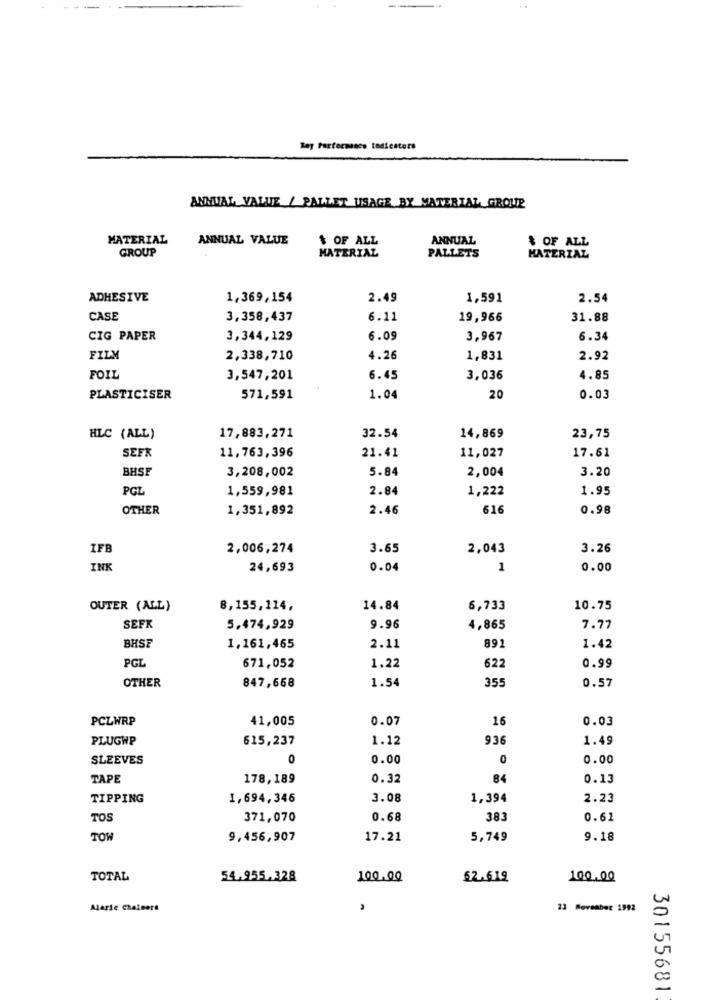
Bay Partechance todicaters
ANNUAL VALUE / PALLET USAGE BY MATERIAL GROUP
MATERIAL
ANNUAL VALUE
$ OF ALL
ANNUAL
$ OF ALL
GROUP
MATERIAL
PALLETS
MATERIAL
ADHESIVE
1,369,154
2.49
1,591
2.54
CASE
3,358,437
6.11
19,966
31.88
CIG PAPER
3,344,129
6.09
3,967
6.34
FILM
2,338,710
4.26
1,831
2.92
FOIL
3,547,201
6.45
3,036
4.85
PLASTICISER
571,591
1.04
20
0.03
HLC (ALL)
17,883,271
32.54
14,869
23,75
SEFK
11,763,396
11,027
21.41
17.61
BHSF
3,208,002
5.84
2,004
3.20
PGL
1,559,981
2.84
1,222
1.95
OTHER
1,351,892
2.46
616
0.98
IFB
2,006,274
3.65
2,043
3.26
INK
24,693
0.04
1
0.00
OUTER (ALL)
8,155,114,
14.84
6,733
10.75
SEFK
5.474,929
9.96
4,865
7.77
891
BHSE
1.161,465
2.11
1.42
PGL
0.99
671,052
1.22
622
OTHER
847,668
1.54
355
0.57
PCLWRP
41,005
0.07
16
0.03
PLUGWP
615,237
1.12
936
1.49
SLEEVES
0
0.00
0
0.00
TAPE
178,189
0.32
84
0.13
TIPPING
1,694,346
3.08
1,394
2.23
TOS
371,070
0.68
383
0.62
TOW
9,456,907
17.21
5,749
9.18
TOTAL
54,955,328
100.00
62.619
100.00
Alaric Chalmers
23 Moveaber 1992
30155681